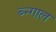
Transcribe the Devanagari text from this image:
ब्न्गाल